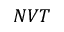
N V T